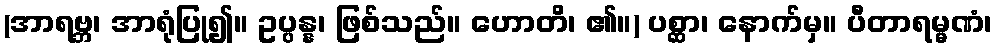
(အာရဗ္ဘ၊ အာရုံပြု၍။ ဥပ္ပန္န၊ ဖြစ်သည်။ ဟောတိ၊ ၏။) ပစ္ဆာ၊ နောက်မှ။ ပီတာရမ္မဏံ၊